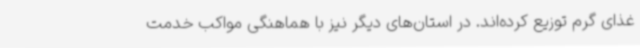
غذای گرم توزیع کرده‌اند. در استان‌های دیگر نیز با هماهنگی مواکب خدمت